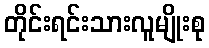
တိုင်းရင်းသားလူမျိုးစု